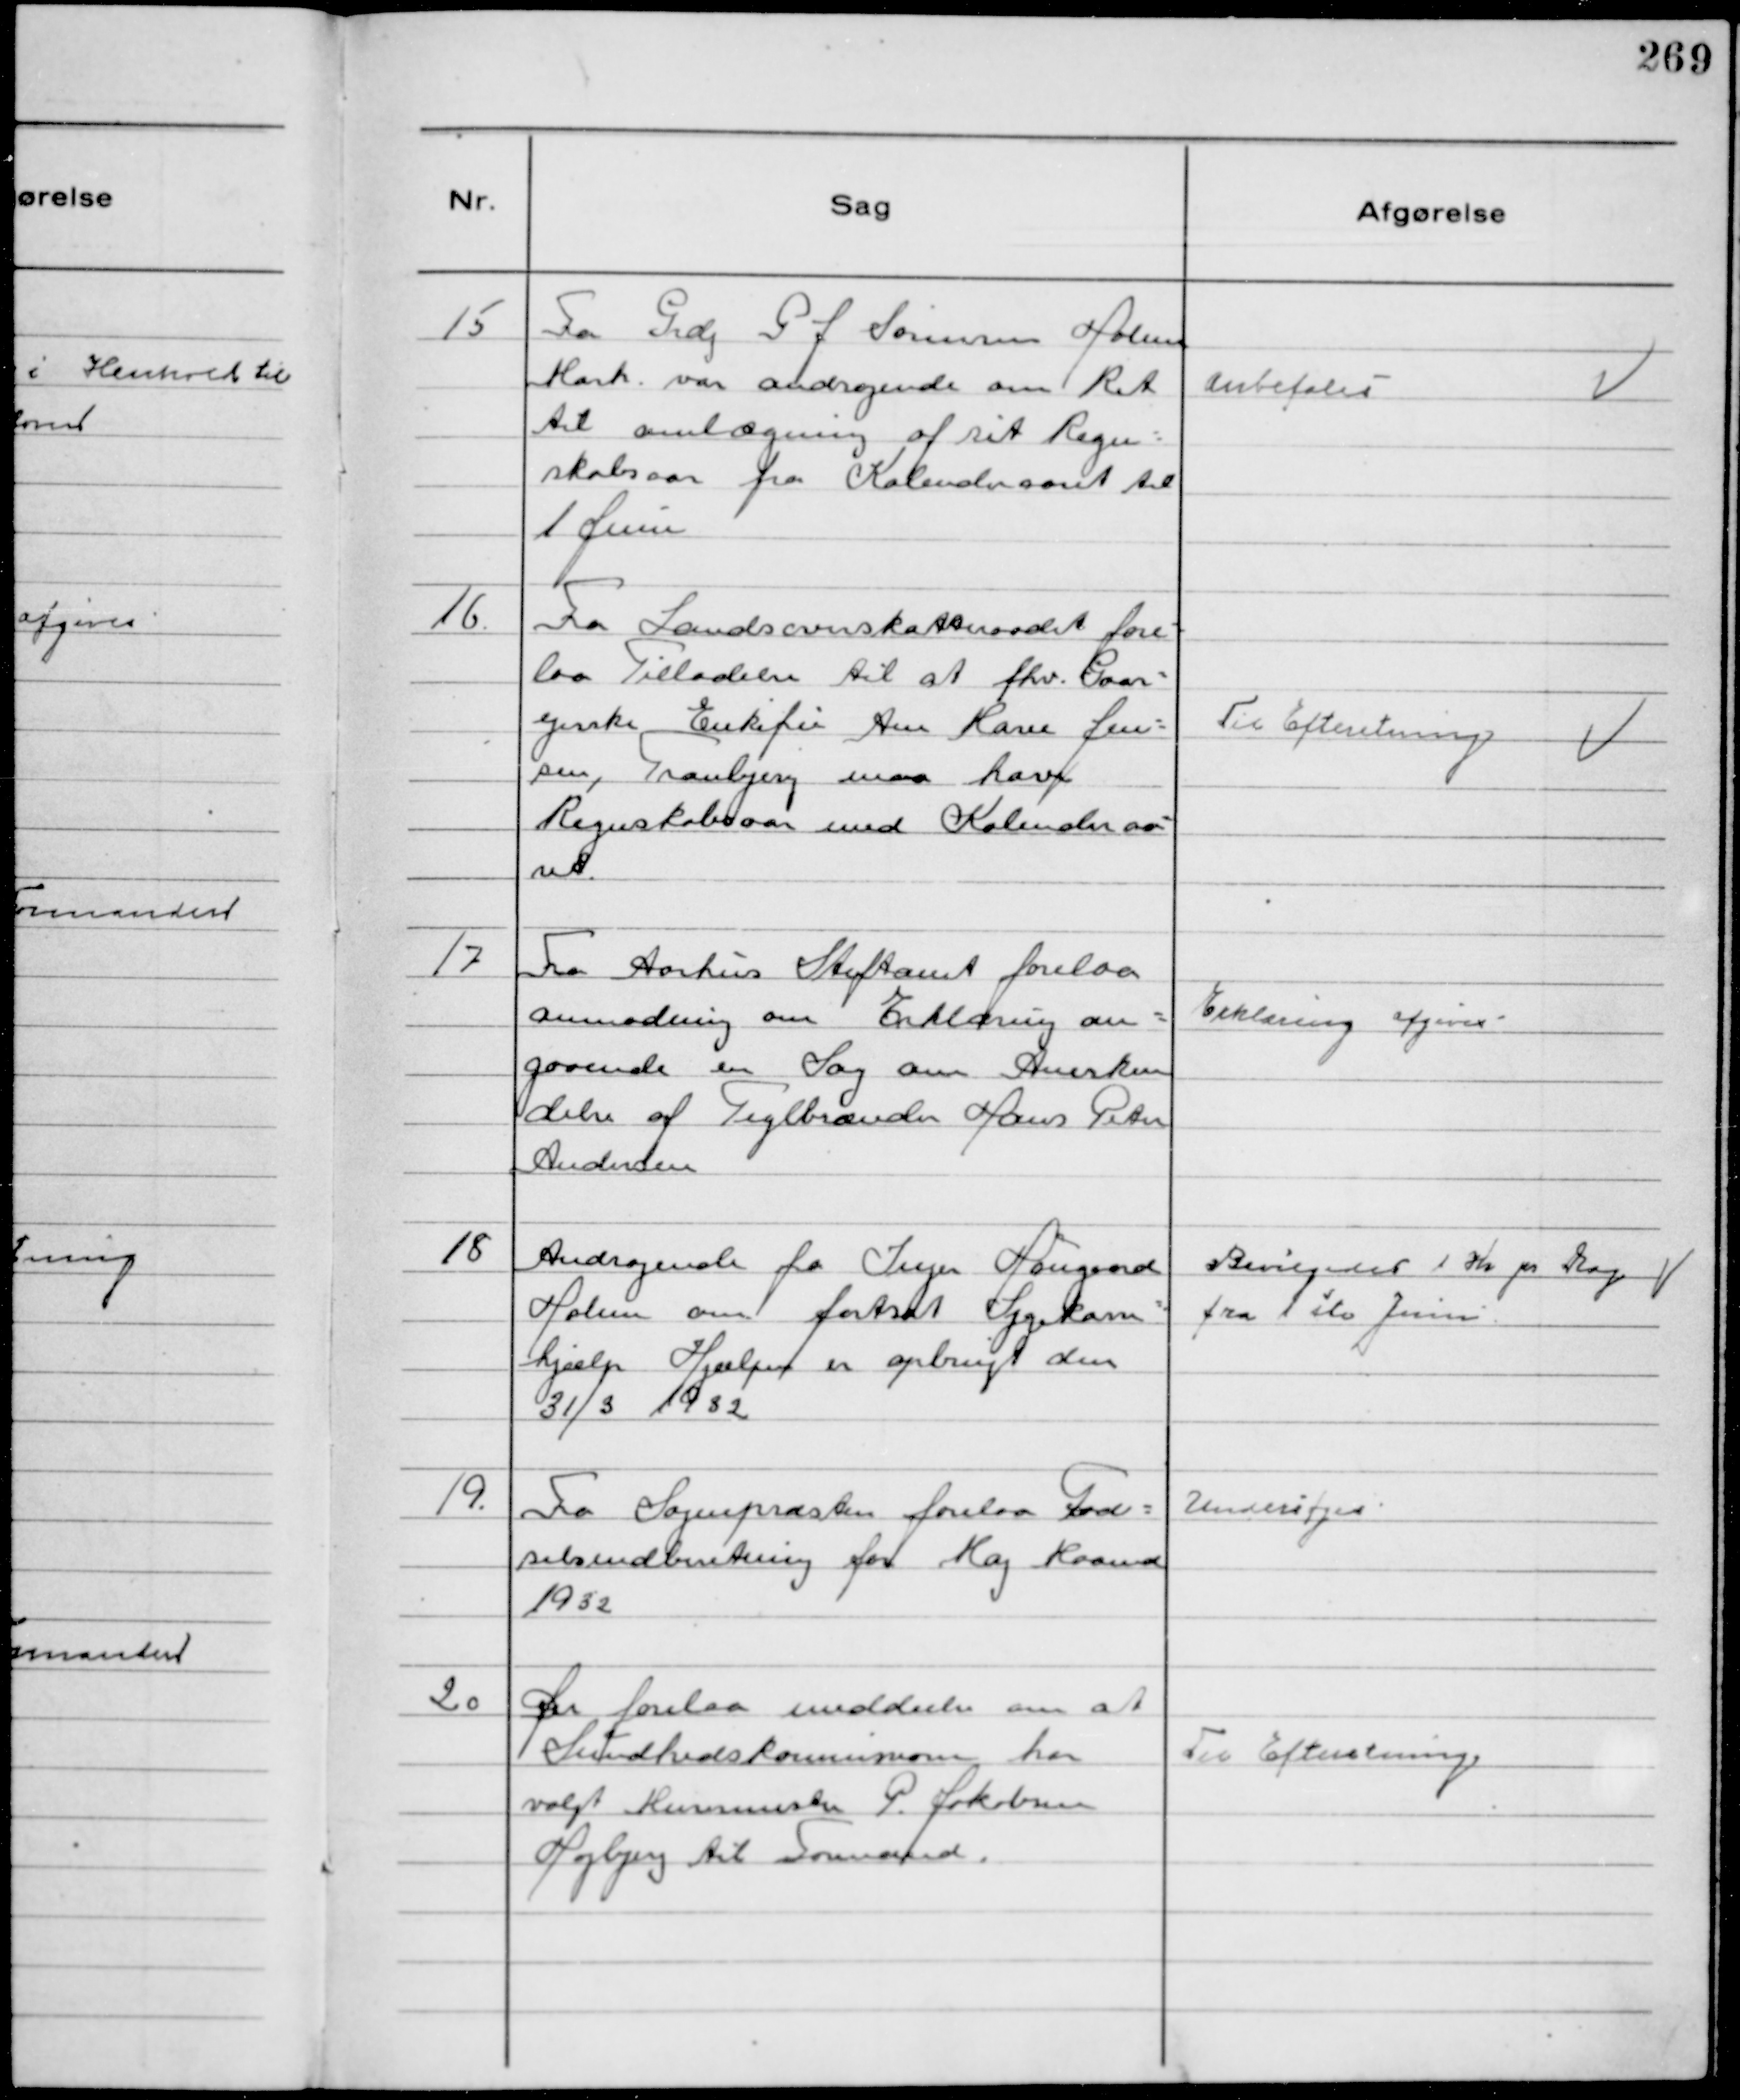
Transskription:
15
Fra Grdj G J Sørensen Holme
Mark var andragende om Ret
til omlægning af sit Regn-
skabsaar fra Kalenderaaret til
1 Juni

anbefales

16.
Fra Landsoverskatteraadet fore-
laa Tilladelse til at fhv. Gaar-
ejerske Enkefru Ane Marie Jen-
sen, Tranbjerg maa have
Regnskabsaar med Kalenderaa-
ret.

Til Efteretning

17
Fra Aarhus Stiftamt forelaa
anmodning om Erklæring an-
gaaende en Sag om Anerken
delse af Teglbrænder Hans Peter
Andersen

Erklæring afgives

18
Andragende fra Inger Hougaard
Holme om fortsat Sygekasse-
hjælp Hjælpen er opbrugt den
31/3 1932

Bevilgedes 1 Kr pr Dag
fra 1 ste Juni

19.
Fra Sognepræsten forelaa Fød-
selsindberetning for Maj Maaned
1932

Undersøges

20
Der forelaa meddeelse om at
Sundhedskommissionen har
valgt Murermester P Jakobsen
Højbjerg til Formand.

Til Efteretning